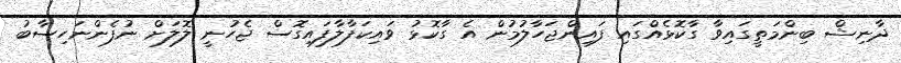
ދާނިޝް ބިންމަތީގައިވާ ގާކޮޅެއްގައި ފައިންޖަހާލުމުން އެ ގާކޮޅު ވައިކަފާލާފައިގޮސް ޖެހުނީ ލޮލަށް ނުފެންނަހިސާބު